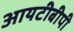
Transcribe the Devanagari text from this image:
आयटीबीपी